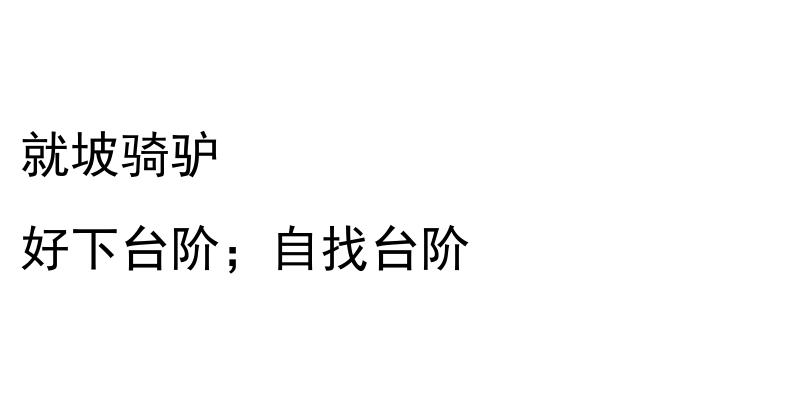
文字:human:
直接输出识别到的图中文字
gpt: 就坡骑驴 好下台阶；自找台阶